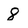
Character: 8